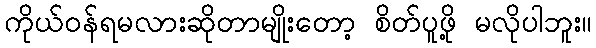
ကိုယ်ဝန်ရမလားဆိုတာမျိုးတော့ စိတ်ပူဖို့ မလိုပါဘူး။